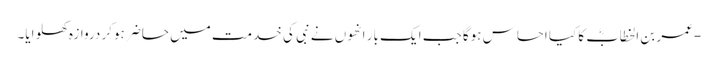
-عمر بن الخطابؓ کا کیا احساس ہوگا جب ایک بار انھوں نے نبی کی خدمت میں حاضر ہوکر دروازہ کھلوایا۔